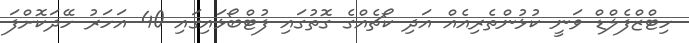
ހިޓްޒްފެލްޑް ވަނީ ކުޅުންތެރިއެއް އަދި ކޯޗެއްގެ ގޮތުގައި ފުޓްބޯޅައިގައި 40 އަހަރު ހޭދަކޮށްފަ